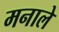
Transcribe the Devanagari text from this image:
मनाले